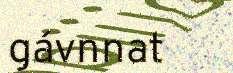
gávnnat